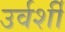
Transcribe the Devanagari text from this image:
उर्वर्शी